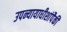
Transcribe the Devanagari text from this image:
उपन्यायाधीशांपैकी